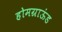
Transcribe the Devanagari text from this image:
होमग्राऊंड